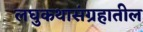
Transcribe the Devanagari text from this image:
लघुकथासंग्रहातील